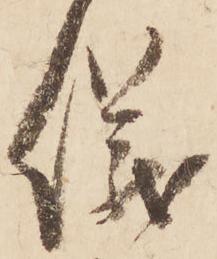
儀